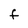
Character: f